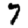
Digit: 7